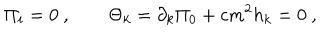
\Pi _ { i } = 0 \ , \qquad \Theta _ { k } = \partial _ { k } \Pi _ { 0 } + c m ^ { 2 } h _ { k } = 0 \ ,